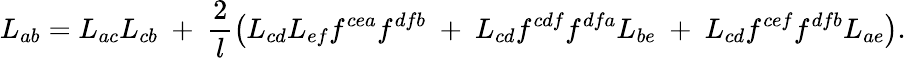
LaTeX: L_{ab}=L_{ac}L_{cb}~+~\frac{2}{l}\left(L_{cd}L_{ef}f^{cea}f^{dfb}~+~L_{cd}f^{cdf}f^{dfa}L_{be}~+~L_{cd}f^{cef}f^{dfb}L_{ae}\right).